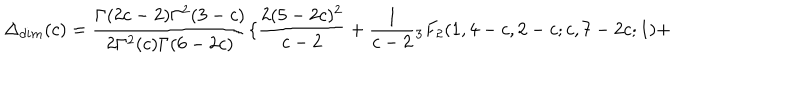
LaTeX: \Delta _ { d i m } ( c ) = \frac { \Gamma ( 2 c - 2 ) \Gamma ^ { 2 } ( 3 - c ) } { 2 \Gamma ^ { 2 } ( c ) \Gamma ( 6 - 2 c ) } \{ \frac { 2 ( 5 - 2 c ) ^ { 2 } } { c - 2 } + \frac { 1 } { c - 2 } { } _ { 3 } F _ { 2 } ( 1 , 4 - c , 2 - c ; c , 7 - 2 c ; 1 ) +